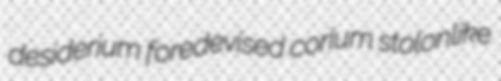
desiderium foredevised corium stolonlike